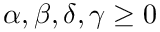
\alpha , \beta , \delta , \gamma \ge 0